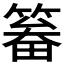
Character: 𱸛